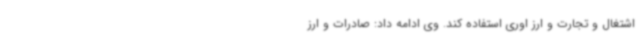
اشتغال و تجارت و ارز اوری استفاده کند. وی ادامه داد: صادرات و ارز